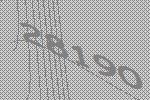
28190